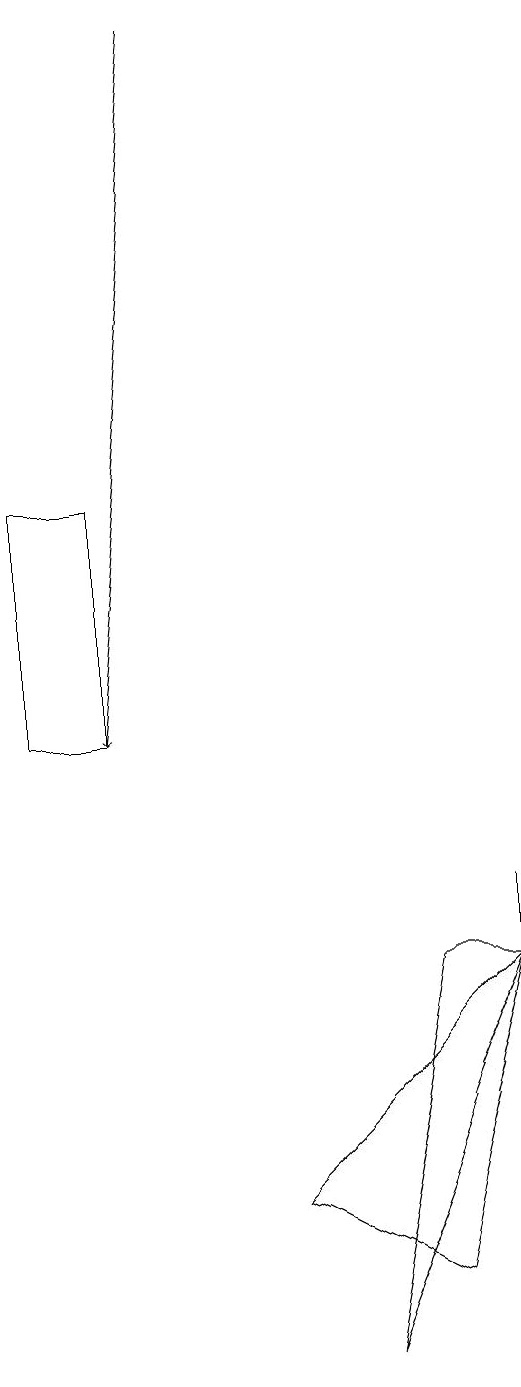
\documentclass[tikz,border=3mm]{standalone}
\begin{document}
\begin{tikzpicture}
\draw (3,4) -- (6,7) -- (5,3) -- cycle;
\draw[->] (2,19) -- (1,10);
\draw (4,2) -- (6,7) -- (5,7) -- cycle;
\draw (6,8) -- (6,7) -- (6,3) -- cycle;
\draw (0,10) rectangle (1,13);
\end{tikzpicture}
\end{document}